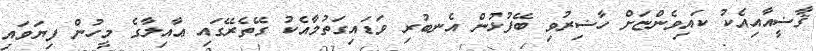
ޤާޟީއާއިއެކު ކައިވެންޏަށް ހާޟިރުވި ބޭފުޅުން އެނބުރި ވަޑައިގަތުމާއެކު ގޭތެރޭގައި ޢާއިލާގެ މީހުން ފިޔަވައި